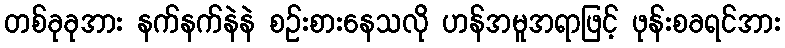
တစ်ခုခုအား နက်နက်နဲနဲ စဉ်းစားနေသလို ဟန်အမူအရာဖြင့် ဖုန်းစခရင်အား